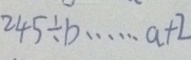
2 4 5 \div b \cdots a + 2